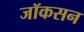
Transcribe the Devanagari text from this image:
जॉकसन